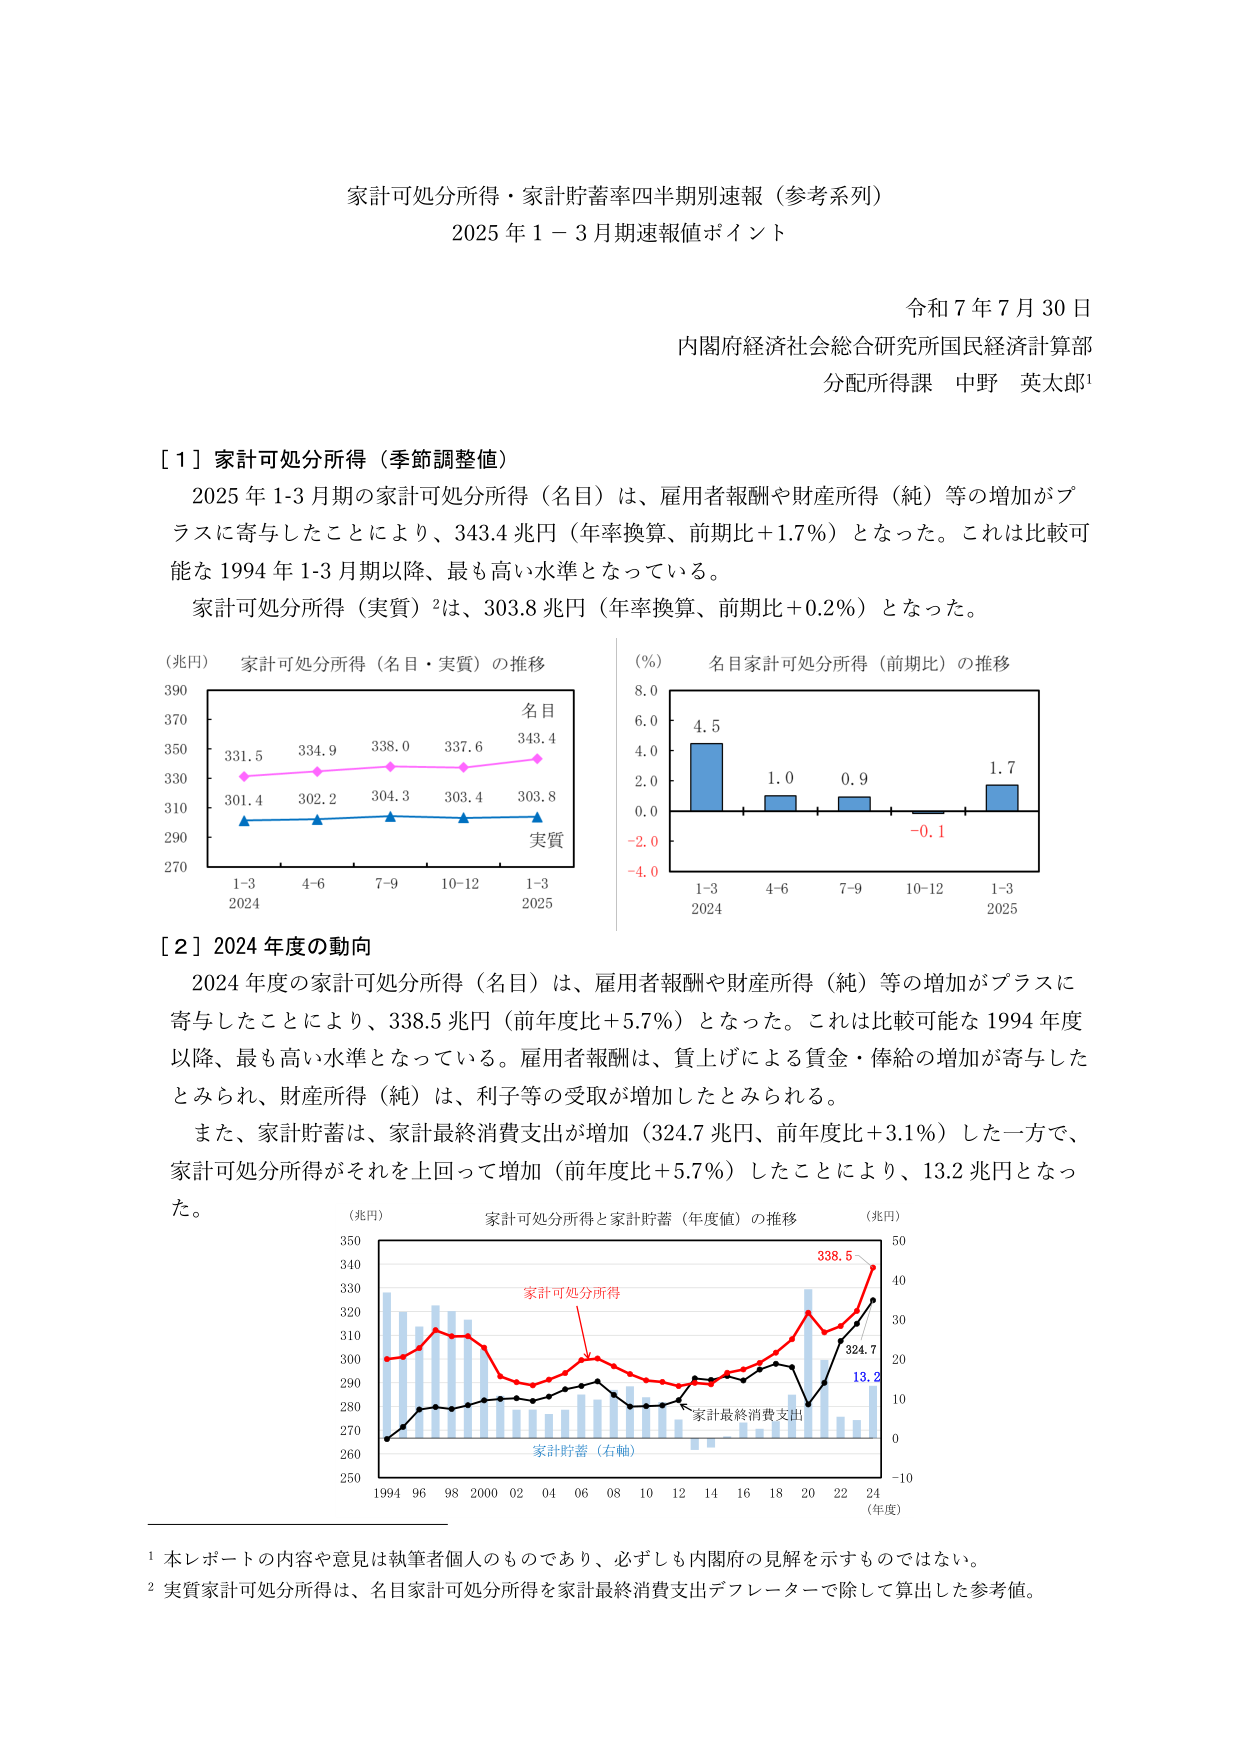
家計可処分所得・家計貯蓄率四半期別速報（参考系列）
2025 年 1－3 月期速報値ポイント

令和 7 年 7 月 30 日
内閣府経済社会総合研究所国民経済計算部
分配所得課 中野 英太郎¹

［１］家計可処分所得（季節調整値）
2025 年 1-3 月期の家計可処分所得（名目）は、雇用者報酬や財産所得（純）等の増加がプラスに寄与したことにより、343.4 兆円（年率換算、前期比＋1.7％）となった。これは比較可能な 1994 年 1-3 月期以降、最も高い水準となっている。
家計可処分所得（実質）²は、303.8 兆円（年率換算、前期比＋0.2％）となった。

（兆円） 家計可処分所得（名目・実質）の推移
390
370
350
330
310
290
270
名目
331.5  334.9  338.0  337.6  343.4
実質
301.4  302.2  304.3  303.4  303.8
1-3  4-6  7-9  10-12  1-3
2024           2025

（％） 名目家計可処分所得（前期比）の推移
8.0
6.0
4.0
2.0
0.0
－2.0
－4.0
4.5  1.0  0.9  －0.1  1.7
1-3  4-6  7-9  10-12  1-3
2024           2025

［２］2024 年度の動向
2024 年度の家計可処分所得（名目）は、雇用者報酬や財産所得（純）等の増加がプラスに寄与したことにより、338.5 兆円（前年度比＋5.7％）となった。これは比較可能な 1994 年度以降、最も高い水準となっている。雇用者報酬は、賃上げによる賃金・俸給の増加が寄与したとみられ、財産所得（純）は、利子等の受取が増加したとみられる。
また、家計貯蓄は、家計最終消費支出が増加（324.7 兆円、前年度比＋3.1％）した一方で、家計可処分所得がそれを上回って増加（前年度比＋5.7％）したことにより、13.2 兆円となった。

（兆円） 家計可処分所得と家計貯蓄（年度値）の推移 （兆円）
350
340
330
320
310
300
290
280
270
260
250
家計可処分所得
家計最終消費支出
家計貯蓄（右軸）
338.5
324.7
13.2
50
40
30
20
10
0
－10
1994  96  98  2000  02  04  06  08  10  12  14  16  18  20  22  24
（年度）

¹ 本レポートの内容や意見は執筆者個人のものであり、必ずしも内閣府の見解を示すものではない。
² 実質家計可処分所得は、名目家計可処分所得を家計最終消費支出デフレーターで除して算出した参考値。